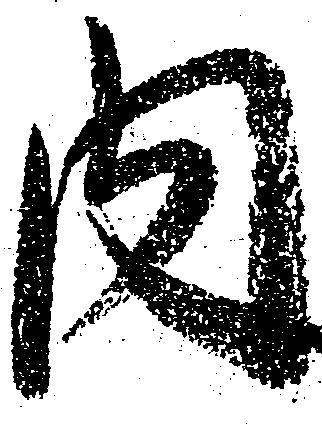
内